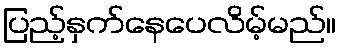
ပြည့်နှက်နေပေလိမ့်မည်။